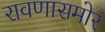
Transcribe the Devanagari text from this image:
रावणासमोर